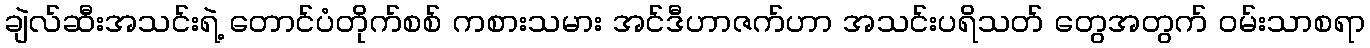
ချဲလ်ဆီးအသင်းရဲ့ တောင်ပံတိုက်စစ် ကစားသမား အင်ဒီဟာဇက်ဟာ အသင်းပရိသတ် တွေအတွက် ဝမ်းသာစရာ